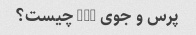
پرس و جوی SQL چیست؟